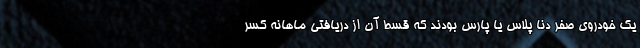
یک خودروی صفر دنا پلاس یا پارس بودند که قسط آن از دریافتی ماهانه کسر